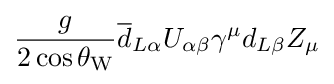
{\frac {g}{2\cos \theta _{\text{W}}}}{\overline {d}}_{L\alpha }U_{\alpha \beta }\gamma ^{\mu }d_{L\beta }Z_{\mu }